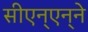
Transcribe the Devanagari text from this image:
सीएन्‌एन्‌ने